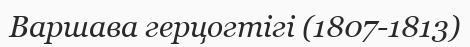
Варшава герцогтігі (1807-1813)